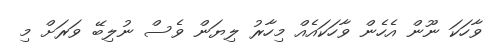
ވާހަކަ ނޫން އެހެން ވާހަކައެއް މިހާރު ލިޔަން ވެސް ނުލިބޭ ވަރަށް މި